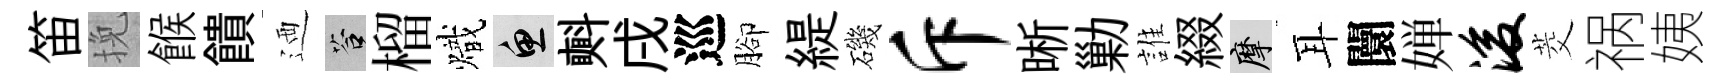
笛挽餱饋迺答榴熾魚㪺戌巡腳緹磯斥晰勦誰綴摩耳闤婵浚茭祸姨